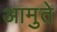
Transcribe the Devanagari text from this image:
आमुते